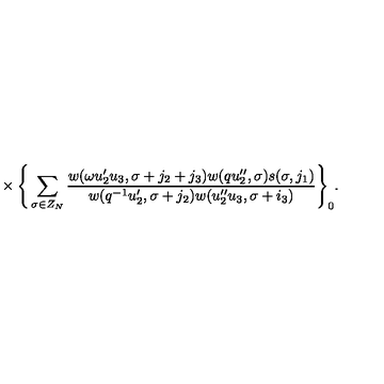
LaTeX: { } \times \Bigg \{ \sum _ { \sigma \in Z _ { N } } \frac { w ( \omega u _ { 2 } ^ { \prime } u _ { 3 } , \sigma + j _ { 2 } + j _ { 3 } ) w ( q u _ { 2 } ^ { \prime \prime } , \sigma ) s ( \sigma , j _ { 1 } ) } { w ( q ^ { - 1 } u _ { 2 } ^ { \prime } , \sigma + j _ { 2 } ) w ( u _ { 2 } ^ { \prime \prime } u _ { 3 } , \sigma + i _ { 3 } ) } \Bigg \} _ { 0 } .